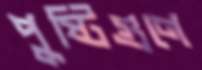
পুষ্টিগুণে